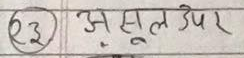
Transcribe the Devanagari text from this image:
२३ असूल उपर